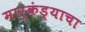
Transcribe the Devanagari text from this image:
मार्कंड्याचा